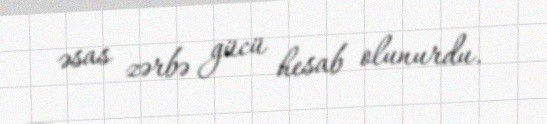
əsas zərbə gücü hesab olunurdu.